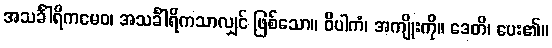
အသင်္ခါရိကမေဝ၊ အသင်္ခါရိကသာလျှင် ဖြစ်သော။ ဝိပါကံ၊ အကျိုးကို။ ဒေတိ၊ ပေး၏။